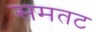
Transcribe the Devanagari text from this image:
समतट